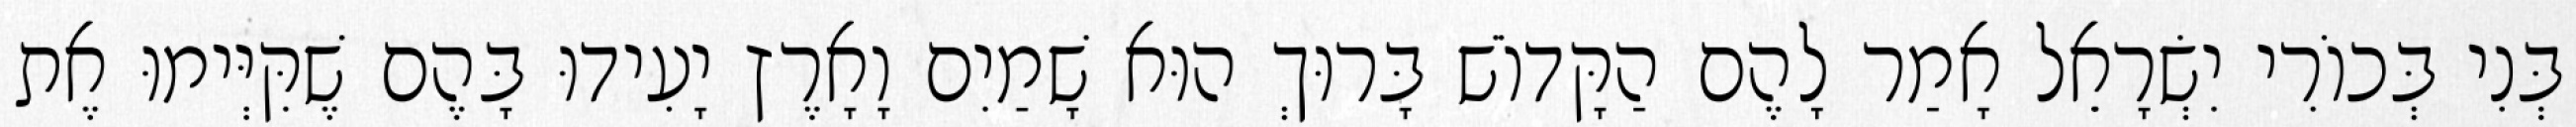
בְּנִי בְּכוֹרִי יִשְׂרָאֵל אָמַר לָהֶם הַקָּדוֹשׁ בָּרוּךְ הוּא שָׁמַיִם וָאָרֶץ יָעִידוּ בָּהֶם שֶׁקִּיְּימוּ אֶת